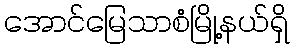
အောင်မြေသာစံမြို့နယ်ရှိ